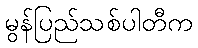
မွန်ပြည်သစ်ပါတီက